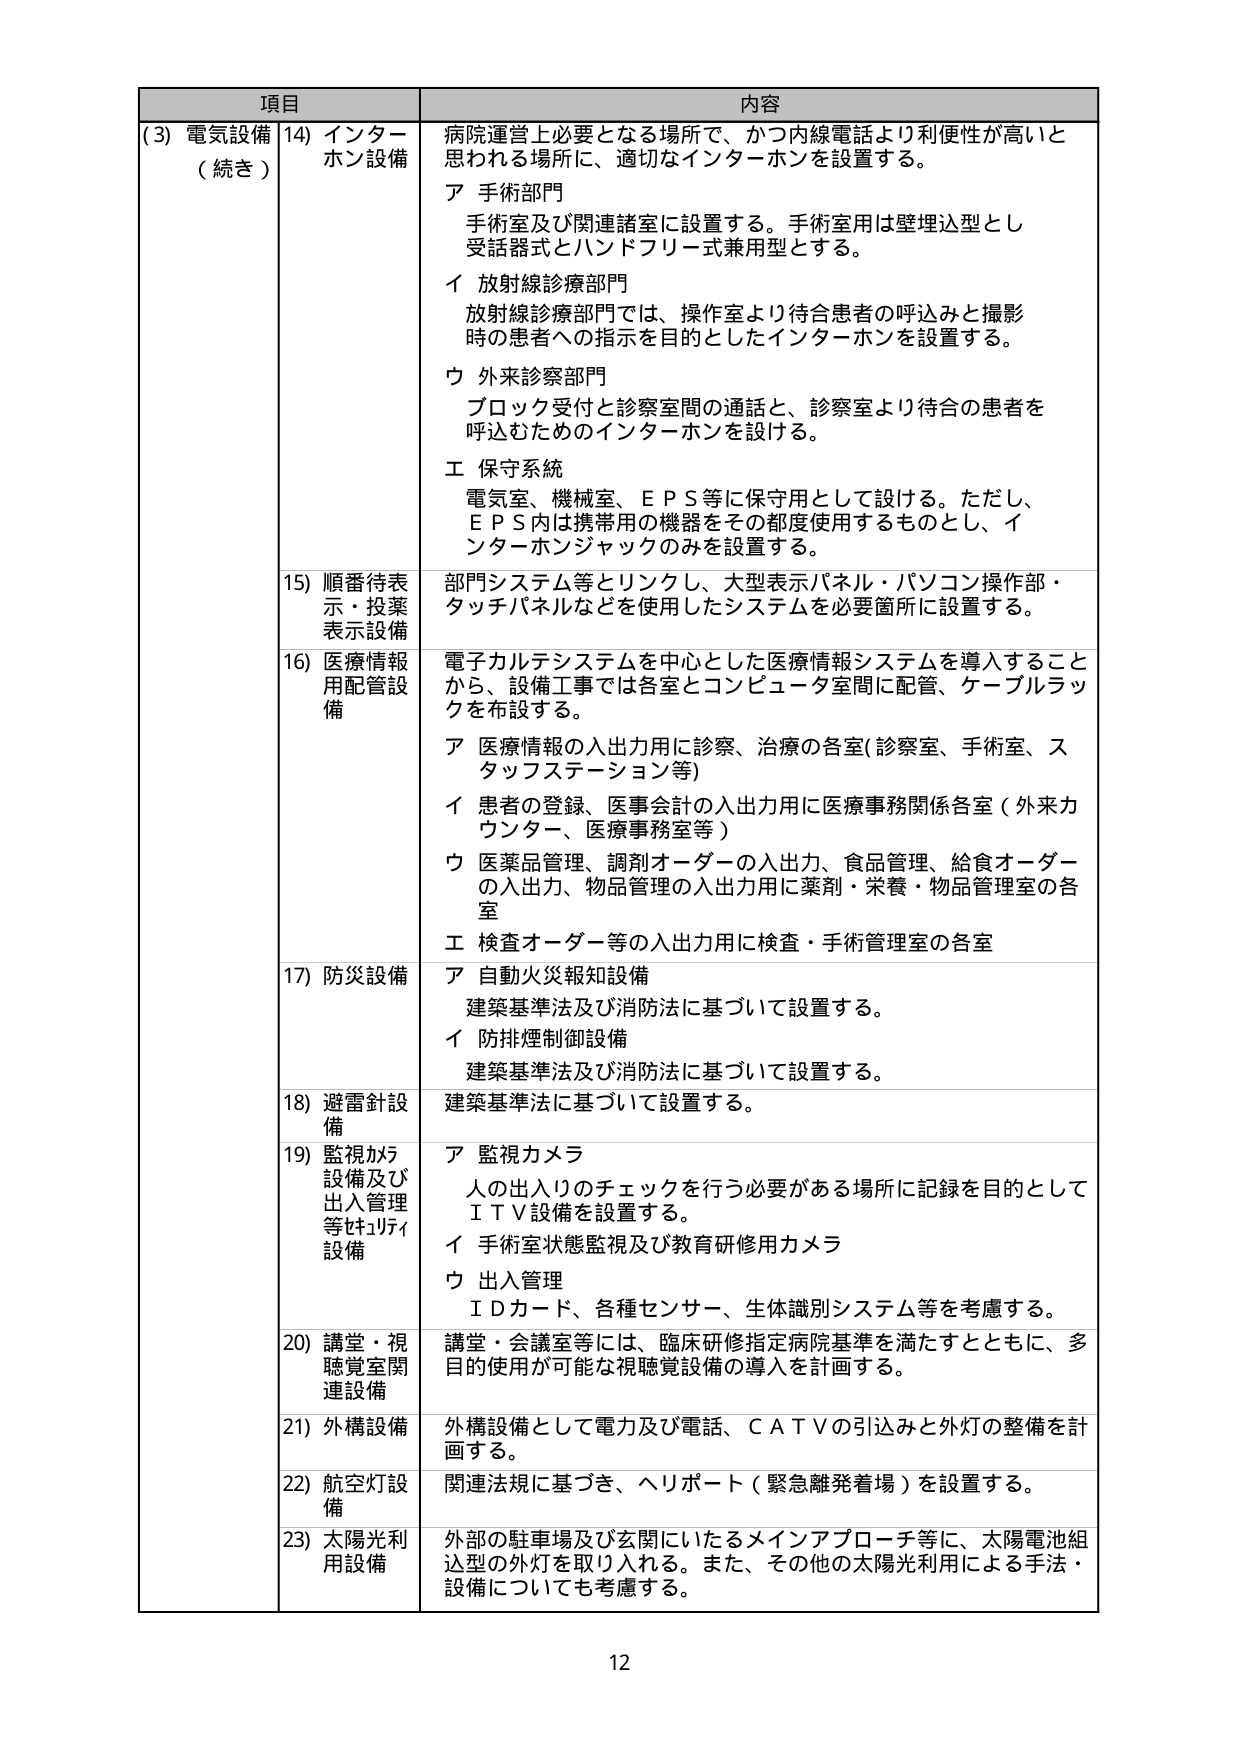
項目 内容
(3) 電気設備 (続き) 14) インターホン設備 病院運営上必要となる場所で、かつ内線電話より利便性が高いと思われる場所に、適切なインターホンを設置する。
ア 手術部門 手術室及び関連諸室に設置する。手術室用は壁埋込型とし受話器式とハンドフリー式兼用型とする。
イ 放射線診療部門 放射線診療部門では、操作室より待合患者の呼び込みと撮影時の患者への指示を目的としたインターホンを設置する。
ウ 外来診察部門 ブロック受付と診察室間の通話と、診察室より待合の患者を呼込むためのインターホンを設ける。
エ 保守系統 電気室、機械室、ＥＰＳ等に保守用として設ける。ただし、ＥＰＳ内は携帯用の機器をその都度使用するものとし、インターホンジャックのみを設置する。
15) 順番待表示・投薬表示設備 部門システム等とリンクし、大型表示パネル・パソコン操作部・タッチパネルなどを使用したシステムを必要箇所に設置する。
16) 医療情報用配管設備 電子カルテシステムを中心とした医療情報システムを導入することから、設備工事では各室とコンピュータ室間に配管、ケーブルラックを布設する。
ア 医療情報の入出力用に診察、治療の各室(診察室、手術室、スタッフステーション等)
イ 患者の登録、医事会計の入出力用に医療事務関係各室（外来カウンター、医療事務室等）
ウ 医薬品管理、調剤オーダーの入出力、食品管理、給食オーダーの入出力、物品管理の入出力用に薬剤・栄養・物品管理室の各室
エ 検査オーダー等の入出力用に検査・手術管理室の各室
17) 防災設備 ア 自動火災報知設備 建築基準法及び消防法に基づいて設置する。
イ 防排煙制御設備 建築基準法及び消防法に基づいて設置する。
18) 避雷針設備 建築基準法に基づいて設置する。
19) 監視カメラ設備及び出入管理等はュリィ設備 ア 監視カメラ 人の出入りのチェックを行う必要がある場所に記録を目的としてＩＴＶ設備を設置する。
イ 手術室状態監視及び教育研修用カメラ
ウ 出入管理 ＩＤカード、各種センサー、生体識別システム等を考慮する。
20) 講堂・視聴覚室関連設備 講堂・会議室等には、臨床研修指定病院基準を満たすとともに、多目的の使用が可能な視聴覚設備の導入を計画する。
21) 外構設備 外構設備として電力及び電話、ＣＡＴＶの引込みと外灯の整備を計画する。
22) 航空灯設備 関連法規に基づき、ヘリポート（緊急離発着場）を設置する。
23) 太陽光利用設備 外部の駐車場及び玄関にいたるメインアプローチ等に、太陽電池組込型の外灯を取り入れる。また、その他の太陽光利用による手法・設備についても考慮する。
12